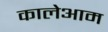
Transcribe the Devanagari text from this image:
कालेआम